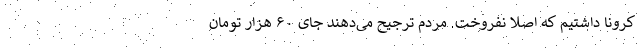
کرونا داشتیم که اصلاً نفروخت. مردم ترجیح می‌دهند جای ۶۰ هزار تومان